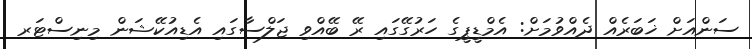
ސަންއަށް ޚަބަރެއް ދެއްވުމަށް: އެމްޑީޕީގެ ހަރުގޭގައި ރޭ ބޭއްވި ޖަލްސާގައި އެޑިއުކޭޝަން މިނިސްޓަރ